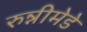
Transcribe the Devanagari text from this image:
रुन्नीमेडे